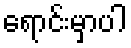
ရောင်းမှာပါ